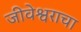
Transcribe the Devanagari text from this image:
जीवेश्वराचा